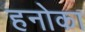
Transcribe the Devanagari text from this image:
हनोका